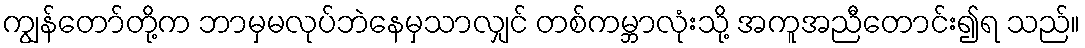
ကျွန်တော်တို့က ဘာမှမလုပ်ဘဲနေမှသာလျှင် တစ်ကမ္ဘာလုံးသို့ အကူအညီတောင်း၍ရ သည်။